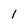
Character: 1